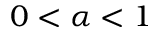
0 < \alpha < 1